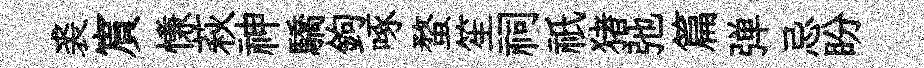
裘賔慊萩神驕鉤啄蝥笙祠祇猪弛篇弹忌盼